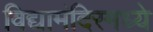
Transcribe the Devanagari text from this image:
विद्यामंदिरमध्ये